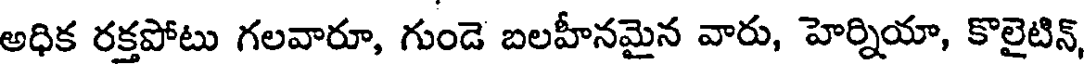
అధిక రక్తపోటు గలవారూ, గుండె బలహీనమైన వారు, హెర్నియా, కొలైటిన్,